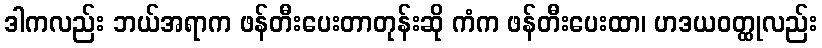
ဒါကလည်း ဘယ်အရာက ဖန်တီးပေးတာတုန်းဆို ကံက ဖန်တီးပေးထာ၊ ဟဒယဝတ္ထုလည်း